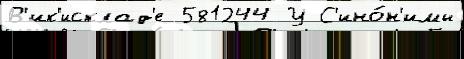
В'ик'исклад'е 581244 У С'ино́н'имы